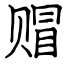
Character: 赗